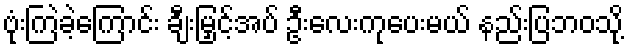
ဗုံးကြဲခဲ့ကြောင်း ချီးမြှင့်အပ် ဦးလေးကုပေးမယ် နည်းပြဘဝသို့